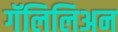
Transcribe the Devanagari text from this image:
गॅलिलिअन